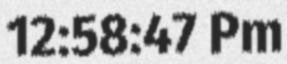
12:58:47 Pm